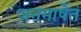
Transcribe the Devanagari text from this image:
जनभाषेत